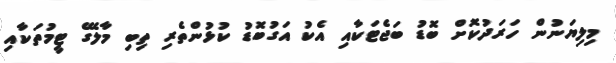
މިލިޔަނުން ހަރަދުކޮށް ބޮޑު ބަޖެޓަކާއި އެކު އަގުބޮޑު ކުޅުންތެރި ތިބި މާލޭގެ ޓީމުތަކާއި